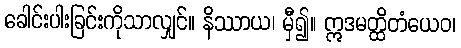
ခေါင်းပါးခြင်းကိုသာလျှင်။ နိဿာယ၊ မှီ၍။ ဣဒမတ္ထိတံယေဝ၊